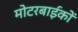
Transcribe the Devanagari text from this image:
मोटरबाईकों